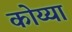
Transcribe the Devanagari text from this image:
कोय्या